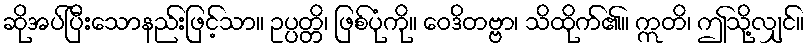
ဆိုအပ်ပြီးသောနည်းဖြင့်သာ။ ဥပ္ပတ္တိ၊ ဖြစ်ပုံကို။ ဝေဒိတဗ္ဗာ၊ သိထိုက်၏။ ဣတိ၊ ဤသို့လျှင်။